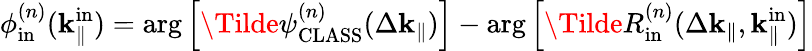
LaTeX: \phi_{\mathrm{in}}^{(n)}(\mathbf{k}_{\parallel}^{\mathrm{in}})=\arg\left[\Tilde{\psi}_{\mathrm{CLASS}}^{(n)}(\Delta\mathbf{k}_{\parallel})\right]-\arg\left[\Tilde{R}_{\mathrm{in}}^{(n)}(\Delta\mathbf{k}_{\parallel},\mathbf{k}_{\parallel}^{\mathrm{in}})\right]